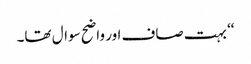
‘‘ بہت صاف اور واضح سوال تھا۔